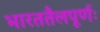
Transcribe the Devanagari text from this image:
भारततैलपूर्णः